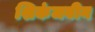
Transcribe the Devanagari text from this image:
शिकंजबीन